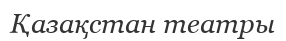
Қазақстан театры